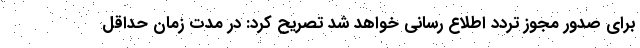
برای صدور مجوز تردد اطلاع رسانی خواهد شد تصریح کرد: در مدت زمان حداقل